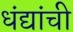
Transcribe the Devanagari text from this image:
धंद्यांची